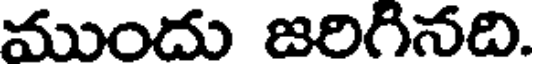
ముందు జరిగినది.